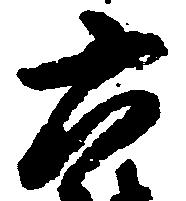
六